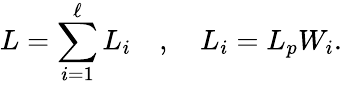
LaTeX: L=\sum_{i=1}^{\ell}L_{i}\quad,\quad L_{i}=L_{p}W_{i}.